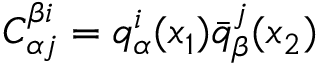
C _ { \alpha j } ^ { \beta i } = q _ { \alpha } ^ { i } ( x _ { 1 } ) \bar { q } _ { \beta } ^ { j } ( x _ { 2 } )